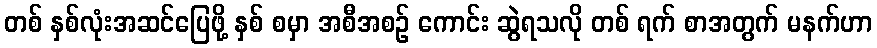
တစ် နှစ်လုံးအဆင်ပြေဖို့ နှစ် စမှာ အစီအစဉ် ကောင်း ဆွဲရသလို တစ် ရက် စာအတွက် မနက်ဟာ